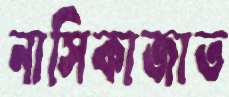
নাসিকাজাত